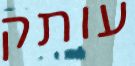
עותק